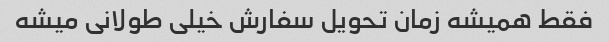
فقط همیشه زمان تحویل سفارش خیلی طولانی میشه